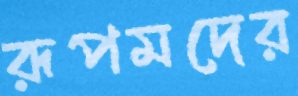
রূপমদের